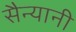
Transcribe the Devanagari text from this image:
सैन्यानी